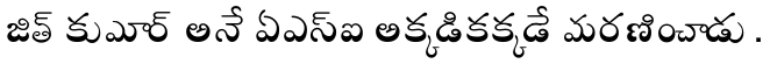
జిత్ కుమార్ అనే ఏఎస్ఐ అక్కడికక్కడే మరణించాడు.